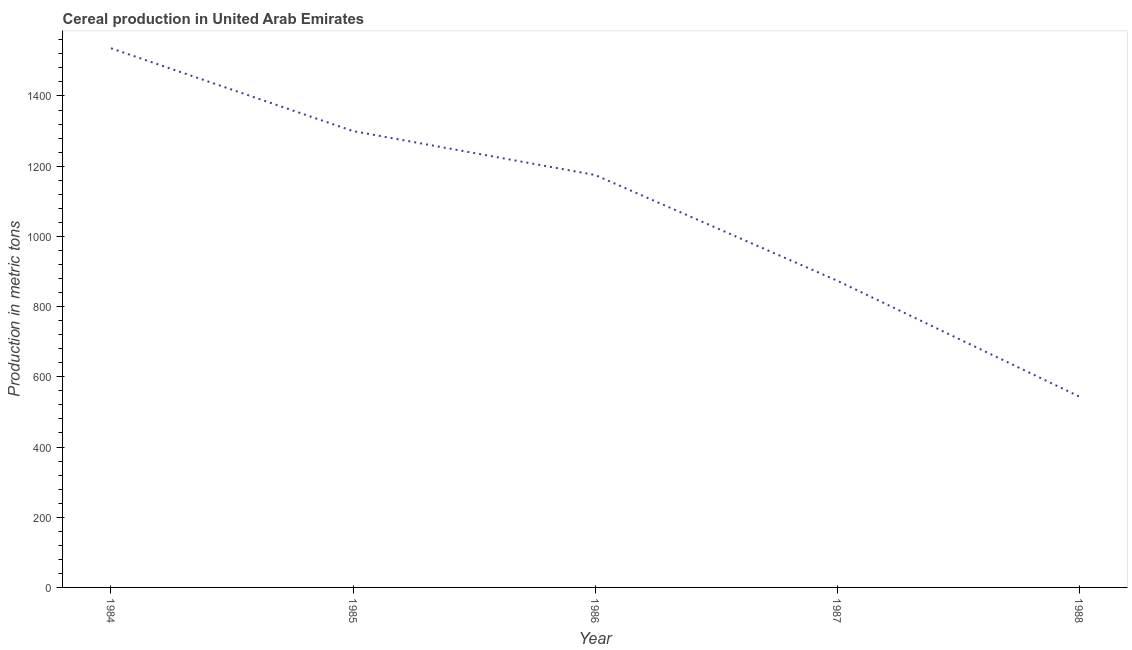
| Year | Cereal production |
 | --- | --- |
 | 1984 | 1.54e+03 |
 | 1985 | 1.3e+03 |
 | 1986 | 1.18e+03 |
 | 1987 | 874 |
 | 1988 | 544 |